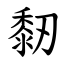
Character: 䵑